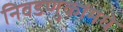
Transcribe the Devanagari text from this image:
निवडणुकांमधे